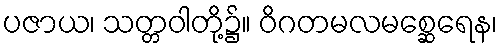
ပဇာယ၊ သတ္တဝါတို့၌။ ဝိဂတမလမစ္ဆေရေန၊